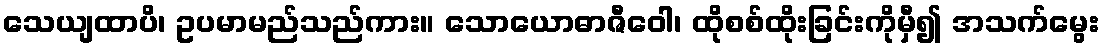
သေယျထာပိ၊ ဥပမာမည်သည်ကား။ သောယောဓာဇီဝေါ၊ ထိုစစ်ထိုးခြင်းကိုမှီ၍ အသက်မွေး